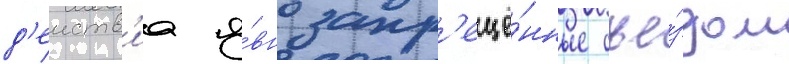
д'еиств'иа я́вно запр'ещё́нные съе́здом